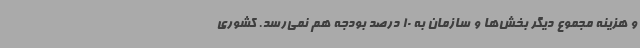
و هزینه مجموع دیگر بخش‌ها و سازمان به 10 درصد بودجه هم نمی‌رسد. کشوری